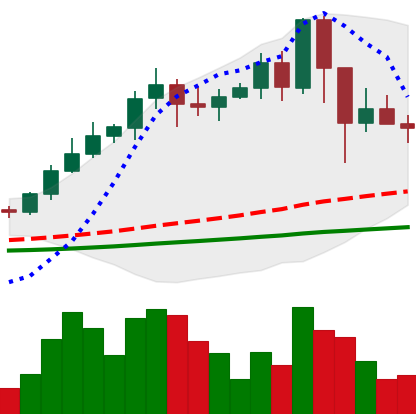
Ticker: NEO-USD
Chart end date: 2021-02-26
Forward return: 5.626%
Label: up_5_7